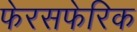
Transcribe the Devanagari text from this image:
फेरसफेरिक